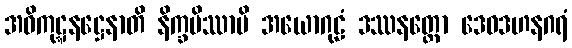
အဓိကုဋ္ဋနဋ္ဌေနာတိ နိက္ခမိဿာမိ အယောဂုဠံ ဒဿနတ္ထော ဒေဝဒဟနဂရံ